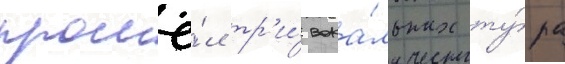
прошё́л тр'и́ вока́льных ту́ра